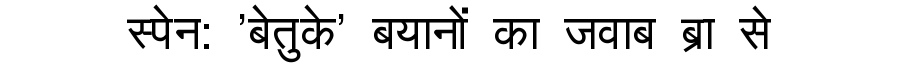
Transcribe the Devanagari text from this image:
स्पेन: 'बेतुके' बयानों का जवाब ब्रा से